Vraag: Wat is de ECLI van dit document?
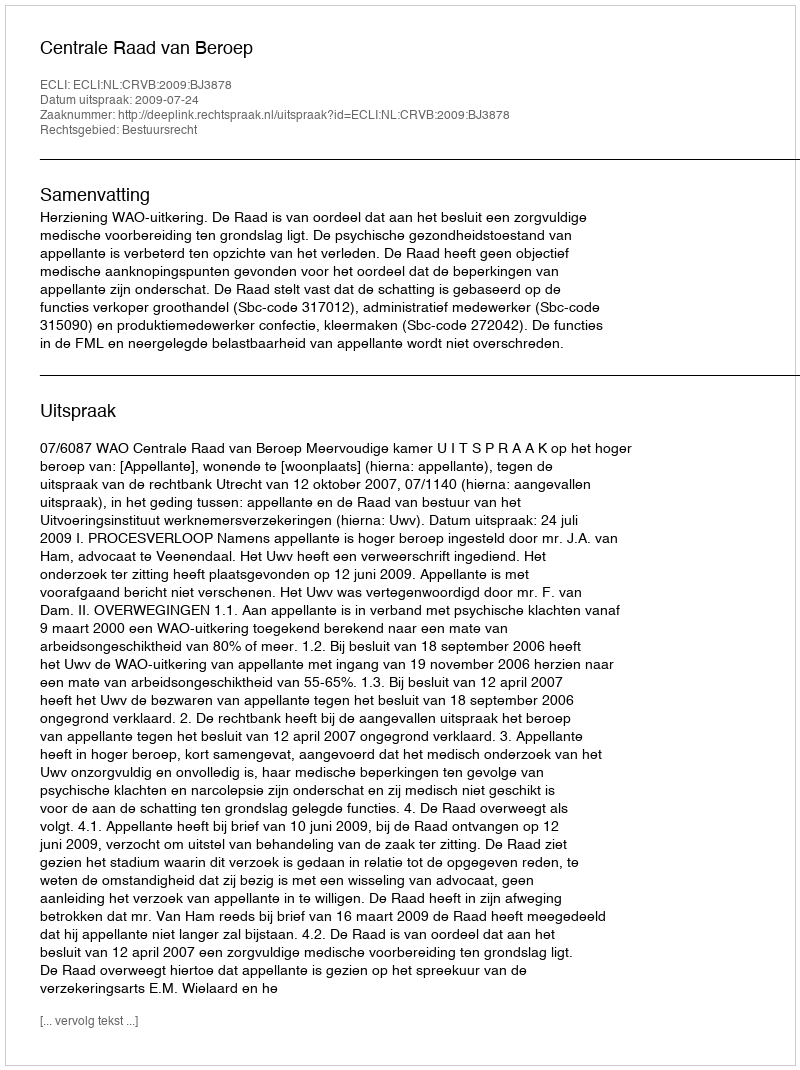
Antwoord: ECLI:NL:CRVB:2009:BJ3878